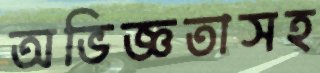
অভিজ্ঞতাসহ